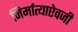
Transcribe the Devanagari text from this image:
निर्मात्याऐवजी